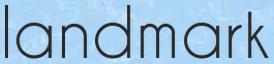
landmark